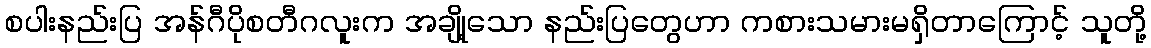
စပါးနည်းပြ အန်ဂီပိုစတီဂလူးက အချို့သော နည်းပြတွေဟာ ကစားသမားမရှိတာကြောင့် သူတို့